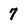
Character: 7